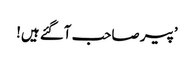
’پیر صاحب آگئے ہیں!